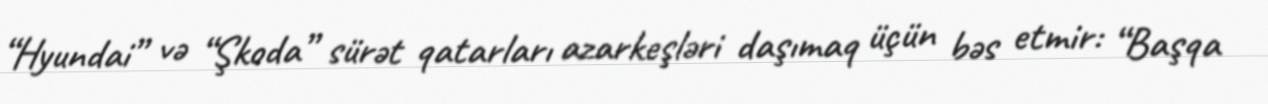
“Hyundai” və “Şkoda” sürət qatarları azarkeşləri daşımaq üçün bəs etmir: “Başqa